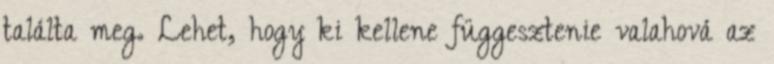
találta meg. Lehet, hogy ki kellene függesztenie valahová az